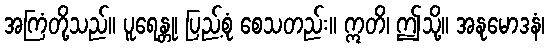
အကြံတို့သည်။ ပူရေန္တု၊ ပြည့်စုံ စေသတည်း။ ဣတိ၊ ဤသို့။ အနုမောဒနံ၊